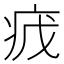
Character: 𬏡